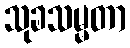
သုခသမ္မတာ